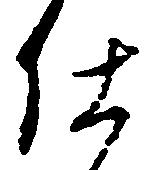
仕